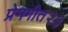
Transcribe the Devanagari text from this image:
प्रेमगीत२३